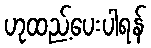
ဟုထည့်ပေးပါရန်